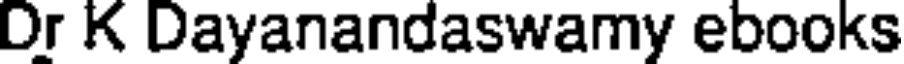
Dr K Dayanandaswamy ebooks